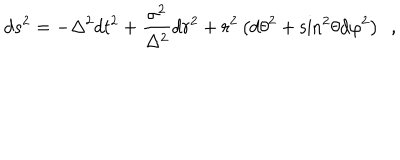
d s ^ { 2 } = - \Delta ^ { 2 } d t ^ { 2 } + \frac { \sigma ^ { 2 } } { \Delta ^ { 2 } } d r ^ { 2 } + r ^ { 2 } \left( { d \theta } ^ { 2 } + { \sin } ^ { 2 } \theta { d \varphi } ^ { 2 } \right) ~ ~ ,